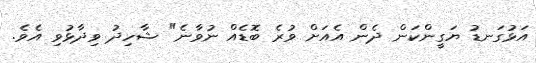
އަޅުގަނޑު ޔަގީންކަން ދެން އެއަށް ވުރެ ބޮޑެއް ނުވާނެ" ޝާހިދު ވިދާޅުވި އެވެ.